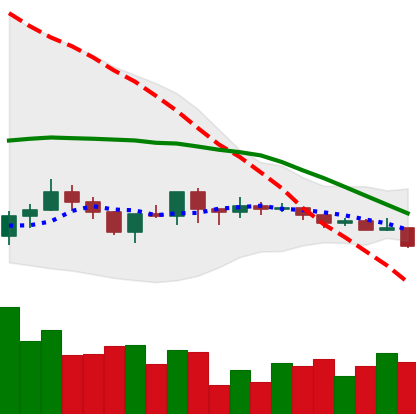
Ticker: ADA-USD
Chart end date: 2019-08-06
Forward return: 3.02%
Label: up_3_5